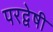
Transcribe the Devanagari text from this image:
परद्वेषी